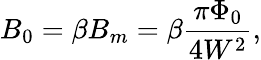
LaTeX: B_{0}=\beta B_{m}=\beta\frac{\pi\Phi_{0}}{4W^{2}},